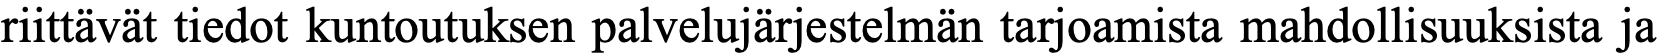
riittävät tiedot kuntoutuksen palvelujärjestelmän tarjoamista mahdollisuuksista ja